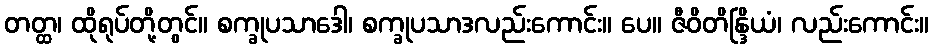
တတ္ထ၊ ထိုရုပ်တို့တွင်။ စက္ခုပသာဒေါ၊ စက္ခုပသာဒလည်းကောင်း။ ပေ။ ဇီဝိတိန္ဒြိယံ၊ လည်းကောင်း။